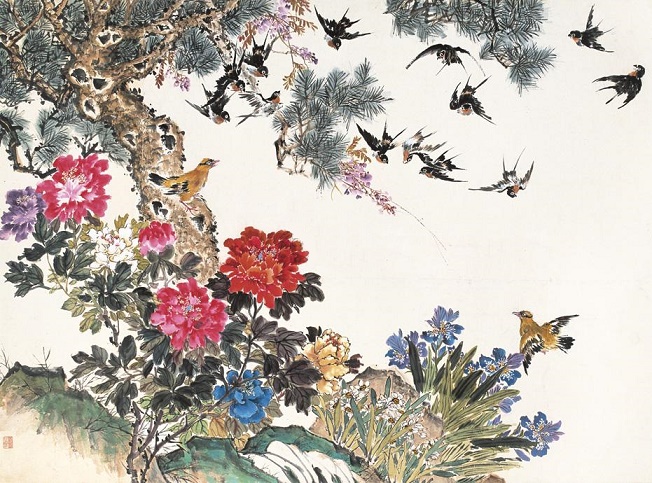
长于春梦几多时，散似秋云无觅处。